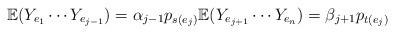
LaTeX: \begin{align*}\mathbb{E}(Y_{e_1}\cdots Y_{e_{j-1}}) = \alpha_{j-1} p_{s(e_j)} \mathbb{E}(Y_{e_{j+1}}\cdots Y_{e_{n}}) = \beta_{j+1} p_{t(e_j)}\end{align*}